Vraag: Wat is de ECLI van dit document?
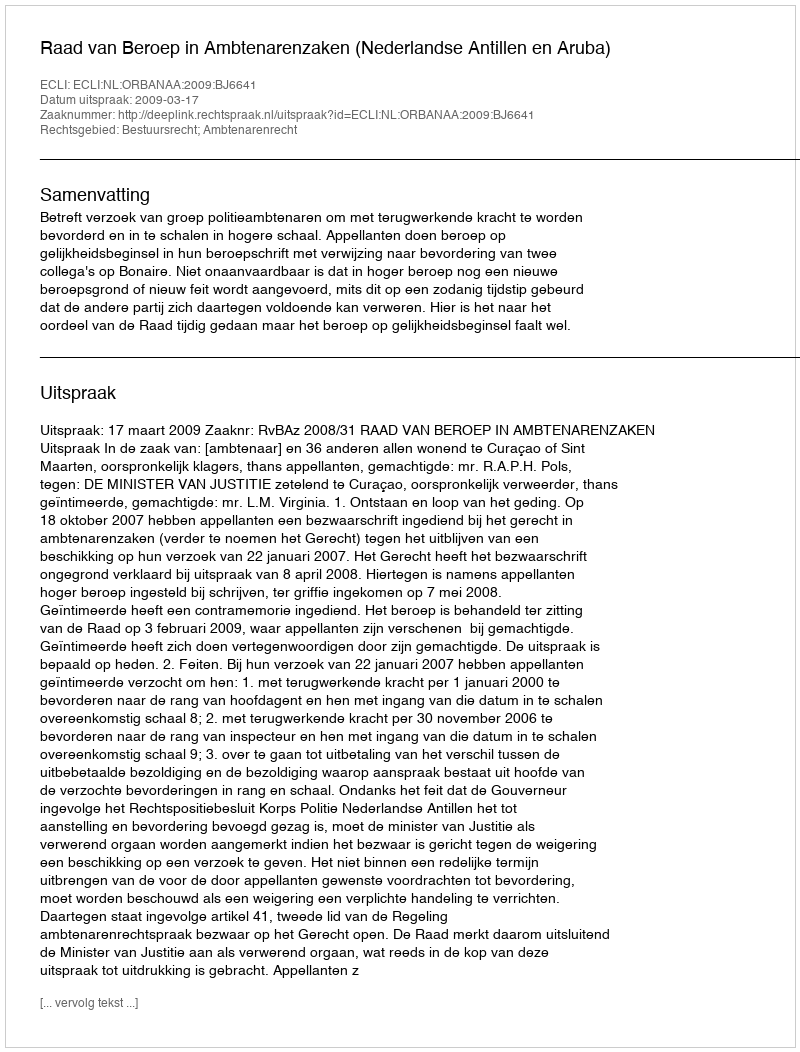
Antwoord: ECLI:NL:ORBANAA:2009:BJ6641